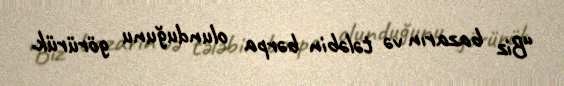
“Biz bazarın və tələbin bərpa olunduğunu görürük.